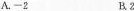
A.-2 B.2